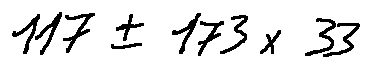
1 1 7 \pm 1 7 3 \times 3 3